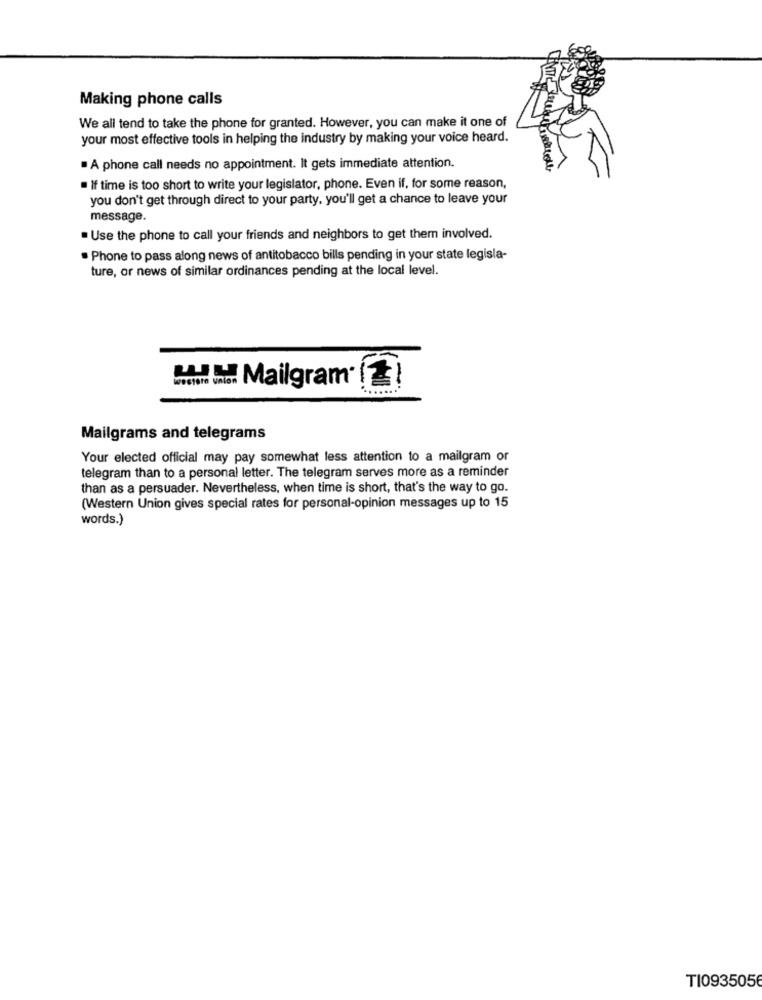
Making phone calls
We all tend to take the phone for granted. However, you can make it one of
your most effective tools in helping the industry by making your voice heard.
. A phone call needs no appointment. It gets immediate attention.
· If time is too short to write your legislator, phone. Even if, for some reason,
you don't get through direct to your party, you'll get a chance to leave your
message.
. Use the phone to call your friends and neighbors to get them involved.
· Phone to pass along news of antitobacco bills pending in your state legisla-
ture, or news of similar ordinances pending at the local level.
Wowerom uniod Mailgram'
Mailgrams and telegrams
Your elected official may pay somewhat less attention to a mailgram or
telegram than to a personal letter. The telegram serves more as a reminder
than as a persuader. Nevertheless, when time is short, that's the way to go.
(Western Union gives special rates for personal-opinion messages up to 15
words.)
TI0935056